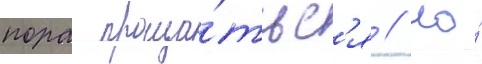
пора проща́тьс'я // Но́